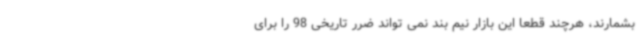
بشمارند، هرچند قطعا این بازار نیم بند نمی تواند ضرر تاریخی 98 را برای